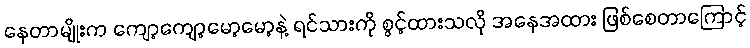
နေတာမျိုးက ကျော့ကျော့မော့မော့နဲ့ ရင်သားကို စွင့်ထားသလို အနေအထား ဖြစ်စေတာကြောင့်